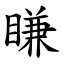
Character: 䁠